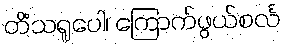
တိံသရူပေါ၊ ကြောက်ဖွယ်စင်္လ